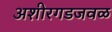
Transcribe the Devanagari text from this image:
अशीरगडजवळ